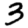
Digit: 3